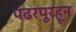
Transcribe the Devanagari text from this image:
पंढरपूरहून